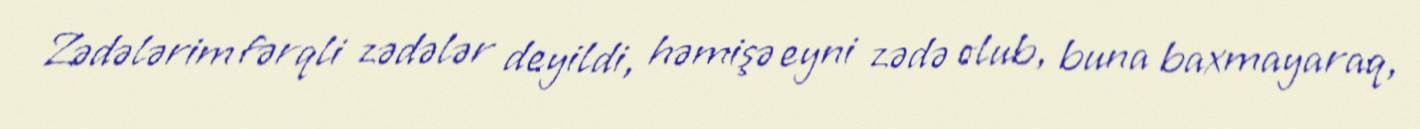
Zədələrim fərqli zədələr deyildi, həmişə eyni zədə olub, buna baxmayaraq,